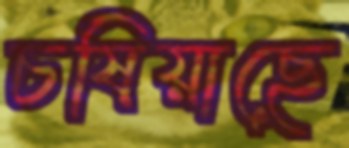
চষিয়াছে